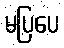
မပြပေ